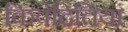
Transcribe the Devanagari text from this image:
किवंदितियां